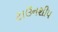
ટાઉનશીપ